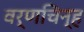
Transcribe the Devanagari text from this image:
वर्णचिन्ह